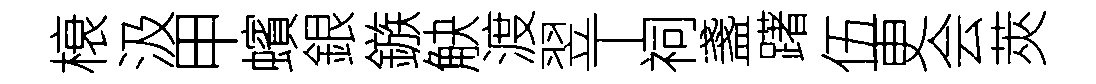
榱汲甲蠙銀鏃觖渡翌丅祠盞躇伍更会莢